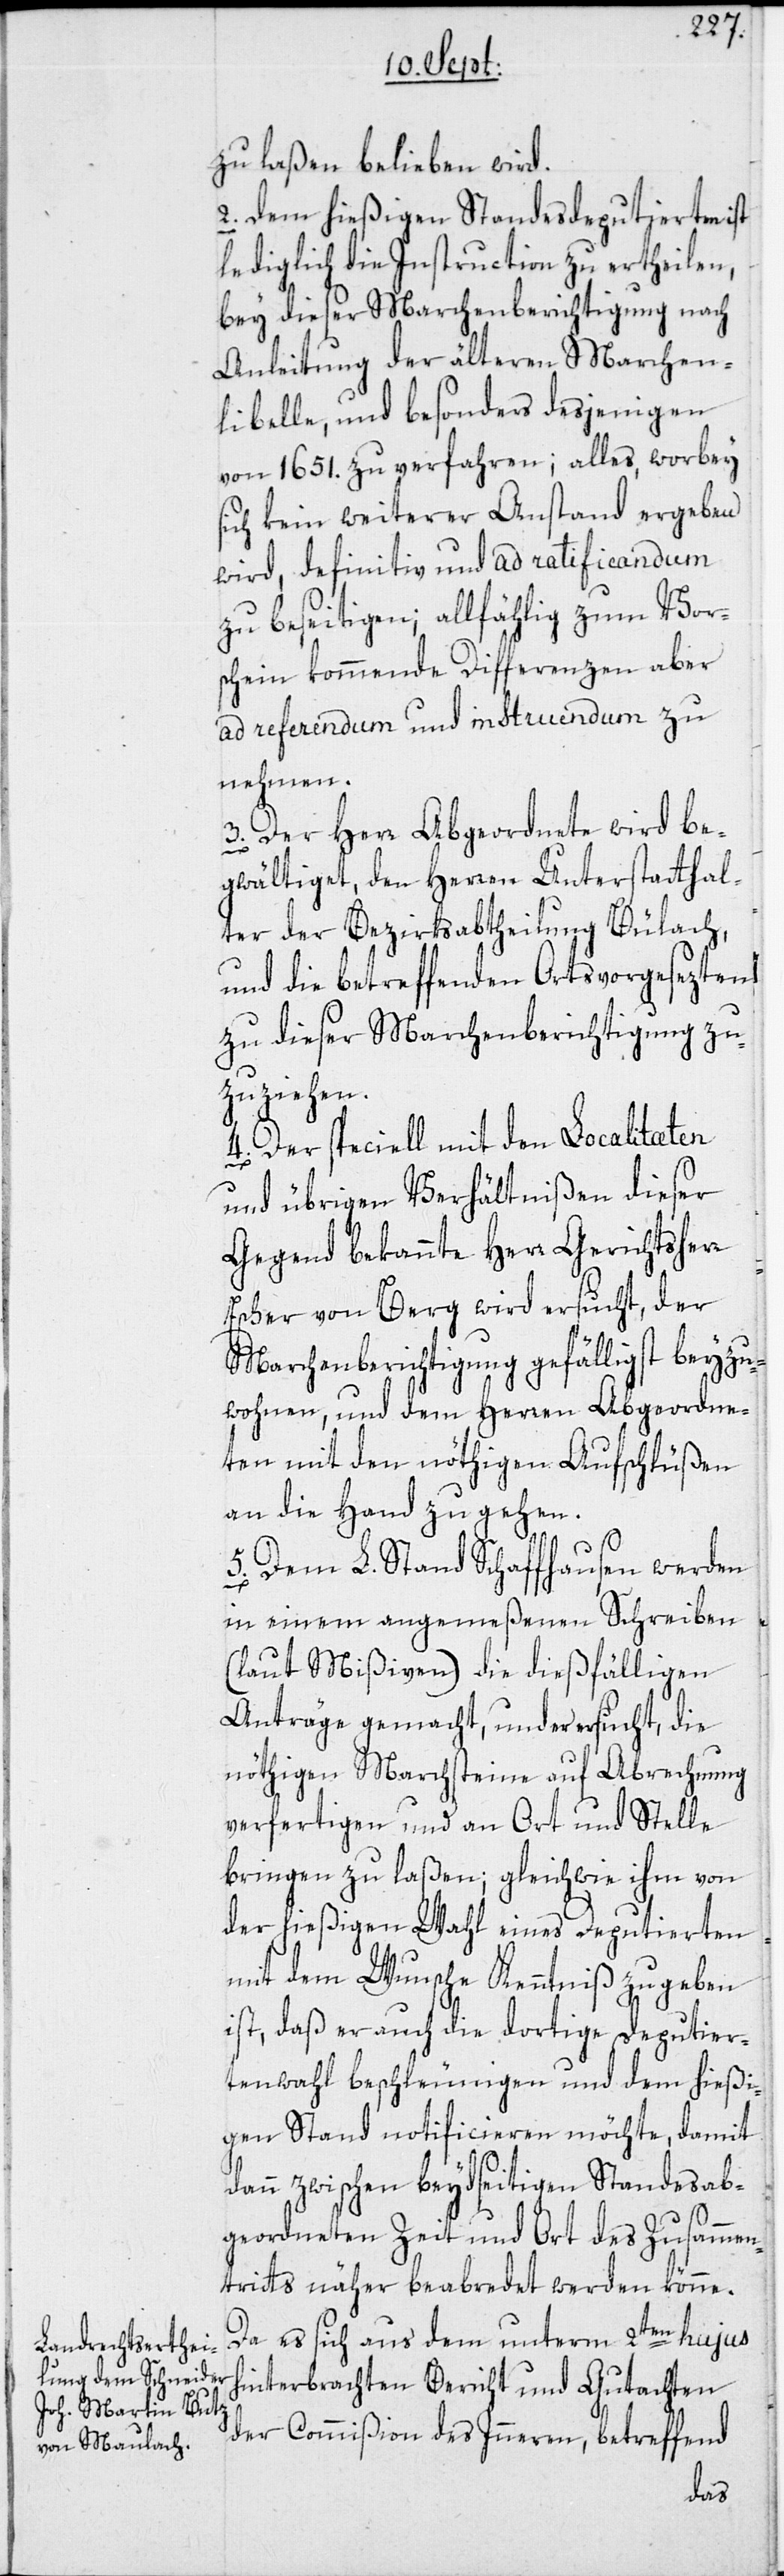
zu laßen belieben wird.
2. Dem hießigen Standesdeputierten ist
lediglich die Instruction zu ertheilen,
bey dieser Marchenberichtigung nach
Anleitung der älteren Marchen¬
libelle, und besonders desjenigen
von 1651. zu verfahren; alles, worbey
ich kein weiterer Anstand ergeben
wird, definitiv und ad ratificandum
zu beseitigen; allfählig zum Vors¬
chein kommende Differenzen aber
ad referendum und instruendum zu
nehmen.
3. Der Herr Abgeordnete wird be¬
gwältiget, den Herren Unterstatthal¬
ter der Bezirksabtheilung Bülach,
und die betreffenden Ortsvorgesezten
zu dieser Marchenberichtigung zu¬
zuziehen.
4. Der speciell mit den Localitæten
und übrigen Verhältnißen dieser
Gegend bekannte Herr Gerichtsherr
Escher von Berg wird ersucht, der
Marchenberichtigung gefälligst beyzu¬
wohnen, und dem Herren Abgeordne¬
ten mit den nöthigen Aufschlüßen
an die Hand zu gehen.
5. Dem L. Stand Schaffhausen werden
in einem angemeßenen Schreiben
(laut Mißiven) die dießfälligen
Anträge gemacht, und er ersucht, die
nöthigen Marchsteine auf Abrechnung
verfertigen und an Ort und Stelle
bringen zu laßen; gleichwie ihm von
der hießigen Wahl eines Deputierten
mit dem Wunsche Kenntniß zu geben
ist, daß er auch die dortige Deputier¬
tenwahl beschleunigen und dem hießi¬
gen Stand notificieren möchte, damit
dann zwischen beydseitigen Standesab¬
s¬
geordneten Zeit und Ort des Zusammen¬
tritts näher beabredet werden könne.
Da es sich aus dem unterm 2ten hujus
hinterbrachten Bericht und Gutachten
der Commißion des Inneren, betreffend